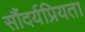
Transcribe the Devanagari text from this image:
सौंदर्यप्रियता